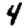
Digit: 4